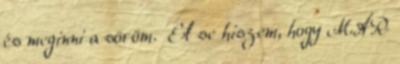
és meginni a söröm. El se hiszem, hogy MÁR